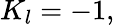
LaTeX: K_{l}=-1,